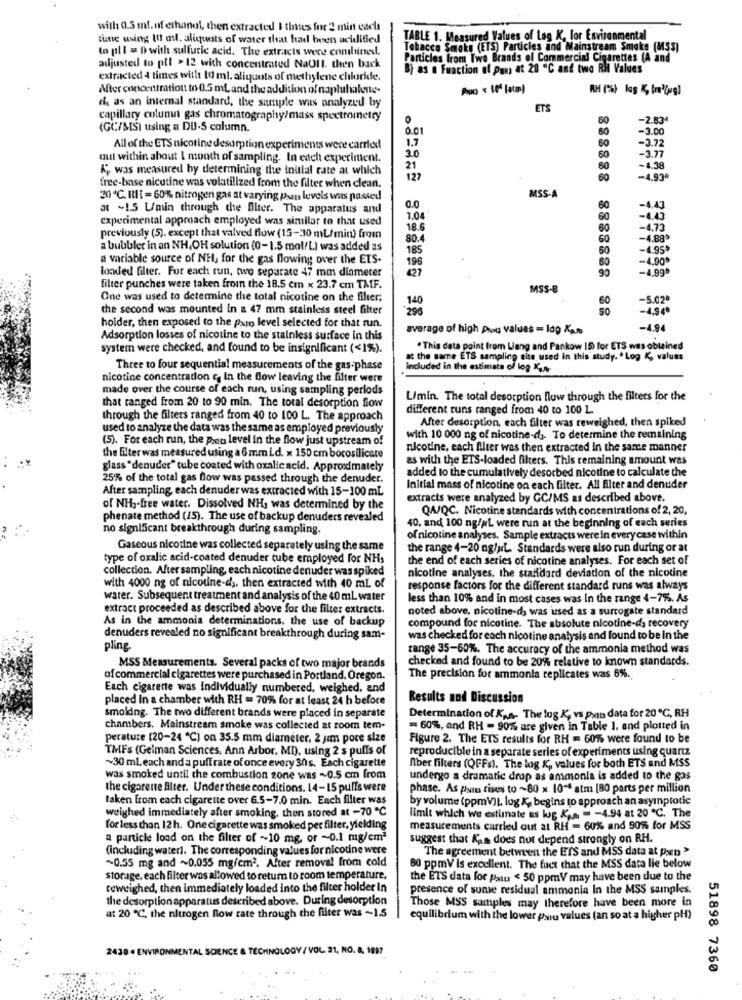
with 0.3 ml.nf ethanol, then extracted I thates for 2 min each
tune using 10 ail. aliquots of water that had been acidified
TABLE 1. Measured Values of Log K, for Environmental
to pl l = D with sulfuric acid. The extracts were combined.
Tabacco Smoke (ETS) Particles and Mainstream Smaks (M35)
Particles from Twa Brands of Commercial Cigarettes (A and
adjusted to pil > 12 with concentrated NaUll. then back
Bi as n Function of Pan at 20 "℃ and two Ril Values
extracted 4 times witht 10 ml. aliquots of methylene chloride.
After concentration to 0.5 ml, and the addition of napluhalene.
che as an internal standard, the sample was analyzed by
ETS
capillary columi gas chromatography/mass spectrometry
50
-2.83
(GC/MS) using a DU-S column.
60
-3.00
1.7
60
-3.72
All of the ETS nicotine desorption experiments were carried
60
out within about 1 month of sampling. In each experiment.
3.0
-3.77
", was measured by determining the initial rate at which
21
60
-4.38
127
-4,93º
free-base nicutine was volatilized from the filter when clean.
30℃. RIt =60% nitrogen gas at varying pan levels was passed
MSS-A
at ~1.5 Umin through the filter. The apparatus and
0.0
60
-4,43
experimental approach employed was similar to that used
7.04
60
-4.43
18.6
60
-4.73
previously (5). except that valved flow (15-30 ml/min) from
80.4
60
-4.88
a bubbler in an NH,OH solution (0-1.5 mol/L) was added as
185
60
-4.95
a variable source of NH, for the gas flowing over the ETS-
196
60
-4,90*
loaded filter. For each run, two separate 47 mm diameter
-4.99º
90
filter punches were taken from the 18.5 cm x 23.7 cm TAF.
MSS-8
One was used to determine the total nicotine on the filter;
140
-5.02ª
the second was mounted in a 47 mm stainless steel filter
296
60
SO
-4.94
holder, then exposed to the pain level selected for that run.
average of high prou values = log Kan
-4.94
Adsorption losses of nicotine to the stainless surface in this
system were checked, and found to be insignificant (<1%).
.This data point from Liang and Pankow 15) for ETS was obtained
at the same ETS sampling site used in this study. . Log K, values
Three to four sequential measurements of the gas-phase
included in the estimate of log Ka.
nicotine concentration c, In the dow leaving the filter were
made over the course of each run, using sampling periods
U/min. The total desorption flow through the filters for the
that ranged from 20 to 90 min. The total desorption flow
different runs ranged from 40 to 100 L
through the filters ranged from 40 to 100 L. The approach
After desorption, each filter was reweighed, then spiked
used to analyze the data was the same as employed previously
(5). For each run, the peu level in the flow just upstream of
with 10 000 ng of nicotine-d .. To determine the remaining
nicotine, each filter was then extracted in the same manner
the filter was measured using a 6 mm L.d. x 150 cm borosilicate
as with the ETS-loaded filters. This remaining amount was
glass "denuder" tube coated with oxalic acid. Approximately
added to the cumulatively desorbed nicotine to calculate the
25% of the total gas flow was passed through the denuder.
After sampling, each denuder was extracted with 15-100 mL
Initial mass of nicotine on each filter. All filter and denuder
extracts were analyzed by GC/MS as described above.
of NH3-free water. Dissolved NH, was determined by the
QA/QC. Nicotine standards with concentrations of 2, 20,
phenate method (15). The use of backup denuders revealed
no significant breakthrough during sampling.
40, and 100 ng/ML were run at the beginning of each series
of nicotine analyses. Sample extracts were in every case within
Gaseous nicotine was collected separately using the same
the range 4-20 ng/ML. Standards were also run during or at
type of oxalic acid-coated denuder tube employed for NHs
the end of each series of nicotine analyses. For each set of
collection. After sampling, each nicotine denuder was spiked
nicotine analyses, the standard deviadon of the nicotine
with 4000 ng of nicotine-ds. then extracted with 40 ml of
response factors for the different standard runs was always
water. Subsequent treatment and analysis of the 40 ml water
less than 10% and in most cases was In the range 4-7%. As
extract proceeded as described above for the filter extracts.
noted above, nicotine-d, was used as a surrogate standard
As in the ammonia determinations, the use of backup
compound for nicotine. The absolute nicotine-da recovery
denuders revealed no significant breakthrough during sam-
was checked for each nicotine analysis and found to be In the
pling
range 35-60%. The accuracy of the ammonia method was
checked and found to be 20% relative to known standards.
MSS Measurements. Several packs of two major brands
of commercial cigarettes were purchased in Portland, Oregon.
The precision for ammonia replicates was 6%.
Each cigarette was individually numbered, weighed, and
placed In a chamber with RH = 70% for at least 24 h before
Results and Discussion
smoking. The two different brands were placed in separate
Determination of Kas. The log K, vs pain data for 20℃, RH
chambers. Mainstream smoke was collected at room tem-
=60%, and RH - 90% are given in Table 1. and plotted in
perature (20-24 ℃) on 35.5 mm diameter, 2 yım pore size
Figure 2. The ETS results for RH = 607% were found to be
TMFs (Gelman Sciences, Ann Arbor, MD), using 2 s puffs of
reproducible in a separate series of experiments using quartz
~30 ml each and a puff rate of once every 30 s. Each cigarette
Alber filters (QFFs). The log K, values for both ETS and MSS
was smoked until the combustion zone was ~0.5 cm from
undergo a dramatic drop as ammonia is added to the gas
the cigarette Alter. Under these conditions. 14-15 puffs were
phase. As pais rises to ~80 x 10 ** atm [80 parts per million
taken from each cigarette over 6.5-7.0 min. Each filter was
by volume (ppmV)), log K, begins to approach an asyinptotic
weighed immediately after smoking, then stored at -70 ℃
limit which we estimate ss lug Kan = - 4.94 at 20 ℃. The
for less than 12h. One cigarette was smoked per filter, yielding
measurements carried out at RH = 60% and 90% for MSS
a particle load on the filter of ~10 mg, or ~0.1 mg/emª
suggest that Kas does not depend strongly on RH.
(including water). The corresponding values for nicotine were
The agreement between the ETS and MSS data at parn"
~0.55 mg and ~0.055 mg/cm2. After removal from cold
80 ppmV Is excellent. The fact that the MSS data lie below
storage, each filter was allowed to return to room temperature,
the ETS data for palus < 50 ppmV may have been due to the
teweighed, then immediately loaded into the filter holder In
presence of sumie residual ammonia In the MSS samples.
the desorption apparatus described above. During desorption
Those MSS samples may therefore have been more in
at 20 ℃, the nitrogen flow rate through the filter was ~1.5
equilibrium with the lower psiu values (an so at a higher pH)
2430 - ENVIRONMENTAL SCIENCE & TECHNOLOGY / VOL 31, NO. a. 1817
51898 7360